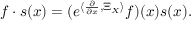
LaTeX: f \cdot s ( x ) = ( e ^ { \langle \frac { \partial } { \partial x } , \Xi _ { X } \rangle } f ) ( x ) s ( x ) .